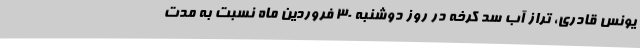
یونس قادری، تراز آب سد کرخه در روز دوشنبه ۳۰ فروردین ماه نسبت به مدت